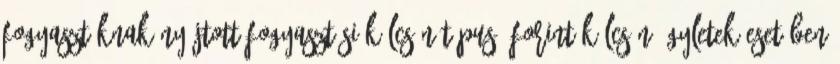
Fogyasztóknak nyújtott fogyasztási kölcsön típusú forint kölcsön ügyletek esetében